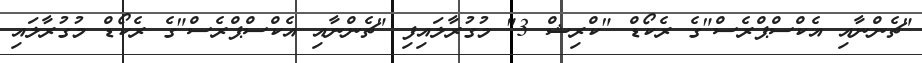
"ޗެންނާއި އެކްސްޕްރެސް"ގެ ރެކޯޑް "ކްރިޝް 3" މުގުރާލައިފި "ޗެންނާއި އެކްސްޕްރެސް"ގެ ރެކޯޑް މުގުރާލައި